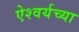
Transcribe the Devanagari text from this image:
ऐश्वर्यच्या